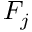
F _ { j }